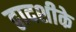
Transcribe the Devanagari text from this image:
द्वादशीके